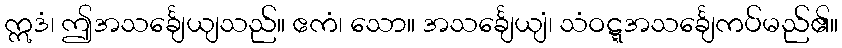
ဣဒံ၊ ဤအသင်္ချေယျသည်။ ဧကံ၊ သော။ အသင်္ချေယျံ၊ သံဝဋ္ဋအသင်္ချေကပ်မည်၏။